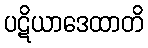
ပဋိယာဒေထာတိ